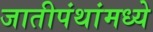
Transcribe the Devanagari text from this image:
जातीपंथांमध्ये